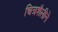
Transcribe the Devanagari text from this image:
चित्रशैलीने